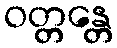
ဝတ္တန္တေ